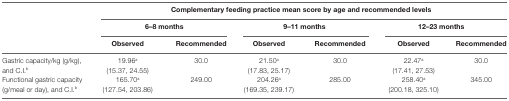
| <ROWSPAN=3>  | <COLSPAN=6> Complementary feeding practice mean score by age and recommended levels |
 | <COLSPAN=2> 6–8 months | <COLSPAN=2> 9–11 months | <COLSPAN=2> 12–23 months |
 | Observed | Recommended | Observed | Recommended | Observed | Recommended |
 | --- | --- | --- | --- | --- | --- | --- |
 | Gastric capacity/kg (g/kg), and C.I.b | 19.96a (15.37, 24.55) | 30.0 | 21.50a (17.83, 25.17) | 30.0 | 22.47a (17.41, 27.53) | 30.0 |
 | Functional gastric capacity (g/meal or day), and C.I.b | 165.70a (127.54, 203.86) | 249.00 | 204.26a (169.35, 239.17) | 285.00 | 258.40a (200.18, 325.10) | 345.00 |